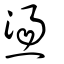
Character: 燙